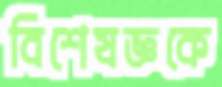
বিশেষজ্ঞকে